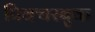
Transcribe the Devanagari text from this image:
पिक्चरबुक